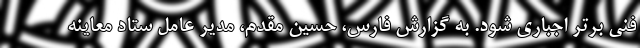
فنی برتر اجباری شود. به گزارش فارس، حسین مقدم، مدیر عامل ستاد معاینه